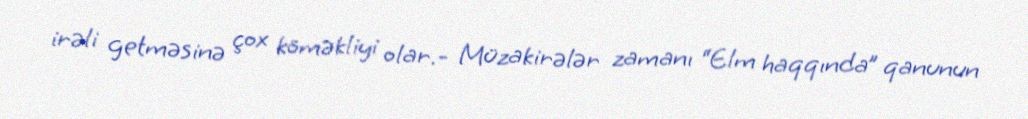
irəli getməsinə çox köməkliyi olar.- Müzakirələr zamanı “Elm haqqında” qanunun